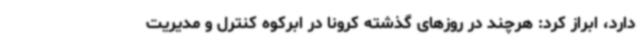
دارد، ابراز کرد: هرچند در روزهای گذشته کرونا در ابرکوه کنترل و مدیریت